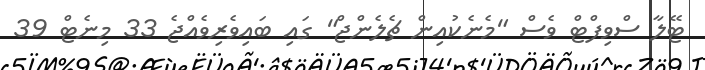
ޓޭލާ ސްވިފްޓް ވެސް "މެނެކުއިން ޗެލެންޖް" ގައި ބައިވެރިވެއްޖެ 33 މިނެޓް 39